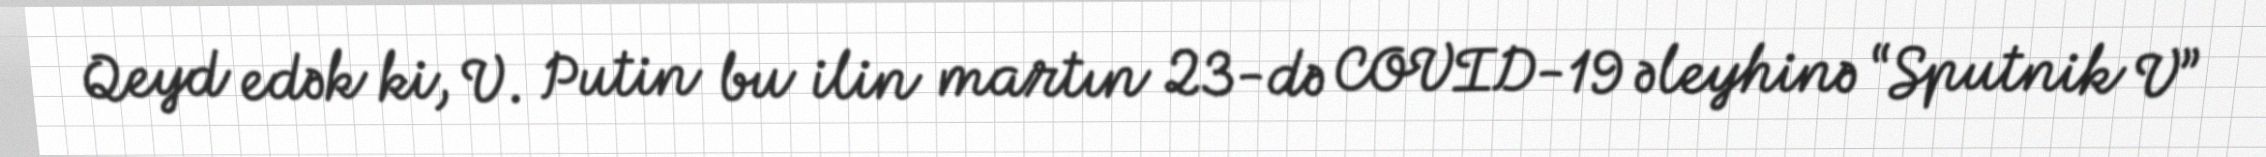
Qeyd edək ki, V. Putin bu ilin martın 23-də COVID-19 əleyhinə “Sputnik V”